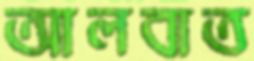
আলবাত